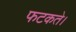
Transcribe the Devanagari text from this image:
फटकते।